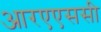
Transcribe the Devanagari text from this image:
आरएएससी